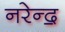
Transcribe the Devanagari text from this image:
नरेन्द॒